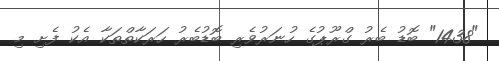
"1438" ބޮޑު ބެރު ގްރޫޕުގެ ހުނަރުވެރި ބޮޑުބެރު ހަރަކާތްތަކާ އެކު ފެށި މި